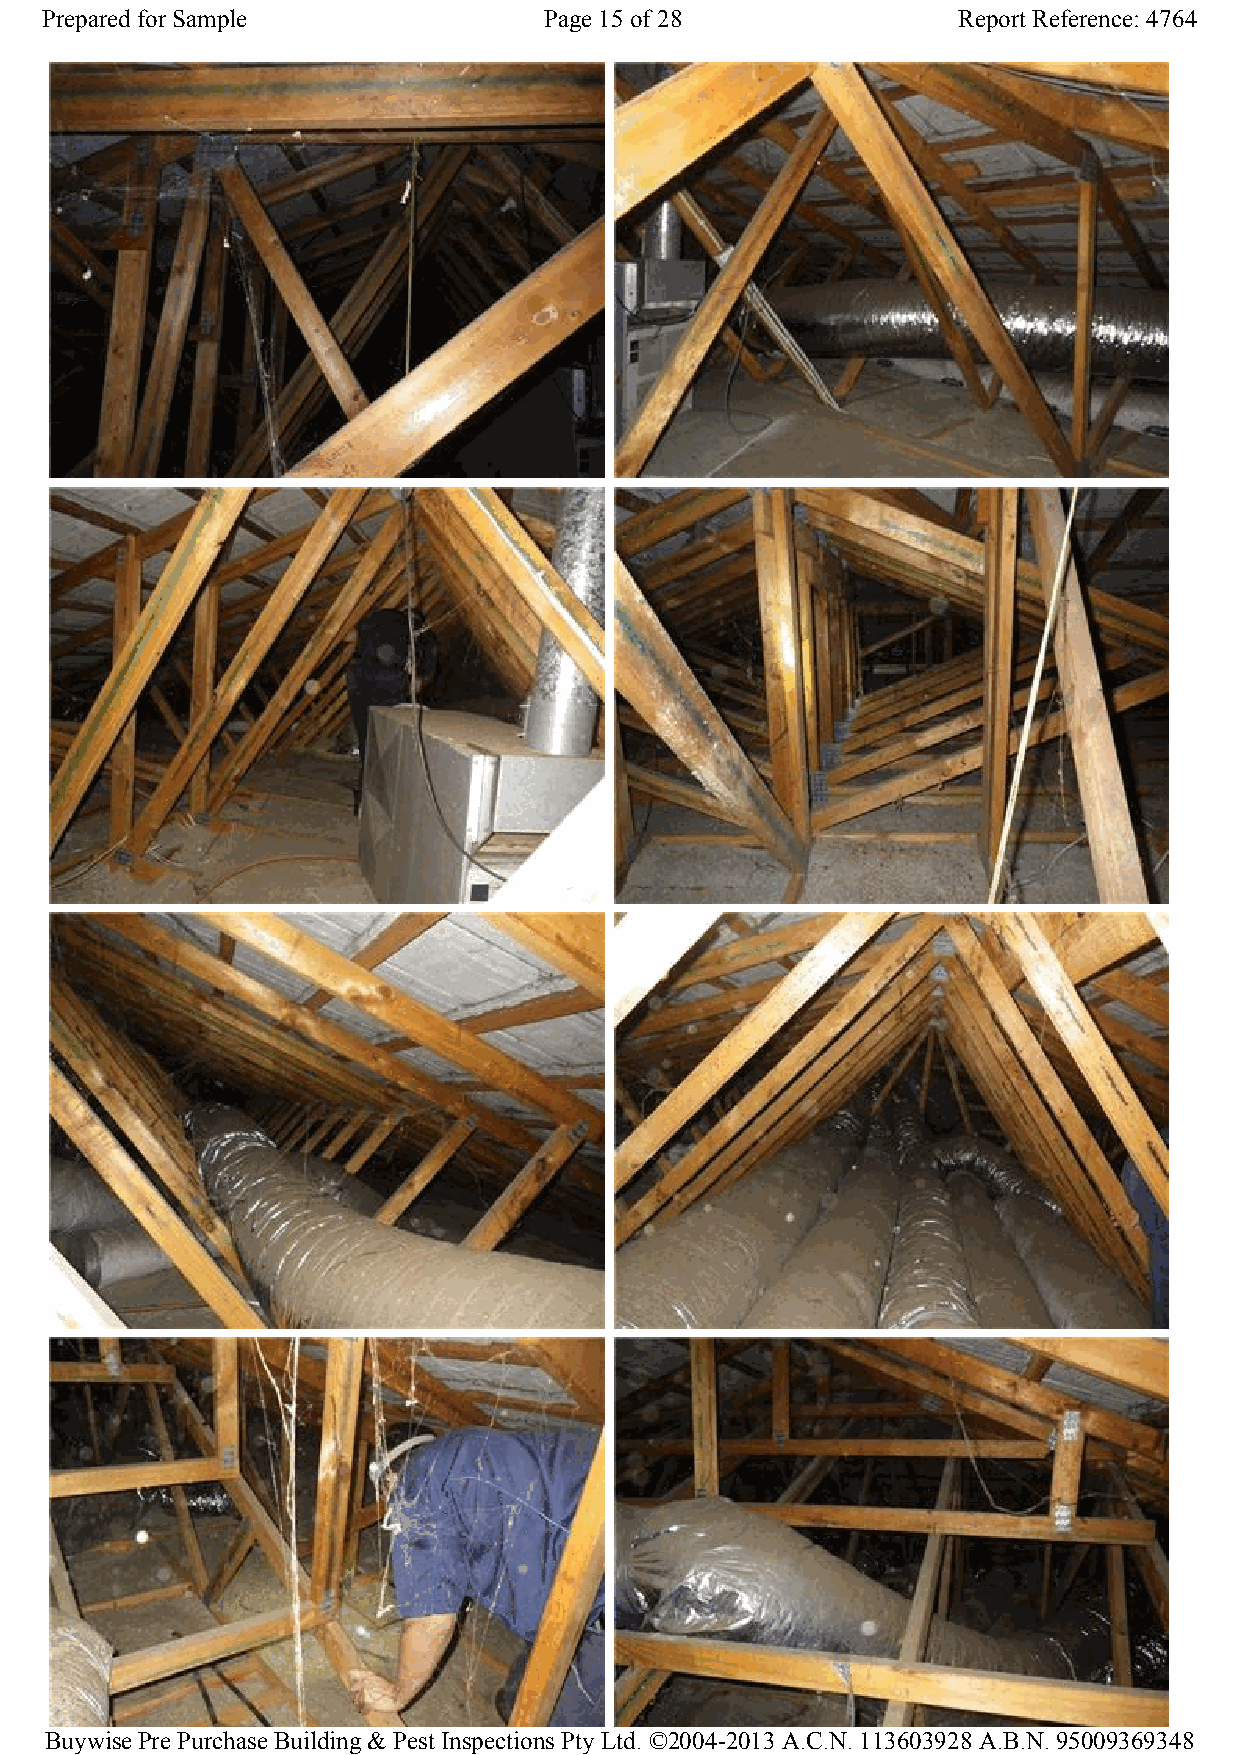
Prepared for Sample              Page 15 of 28              Report Reference: 4764
 Buywise Pre Purchase Building & Pest Inspections Pty Ltd. ©2004-2013 A.C.N. 113603928 A.B.N. 95009369348